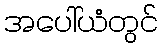
အပေါ်ယံတွင်